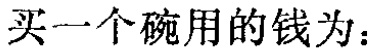
买一个碗用的钱为：